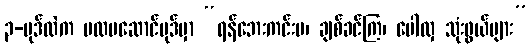
၃-ပုဒ်ထဲက ပထမဆောင်ပုဒ်မှာ “ရန်ဘေးကင်းပ၊ ချစ်ခင်ကြ၊ ပေါလှ သုံးဖွယ်များ”